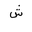
Letter: _shin